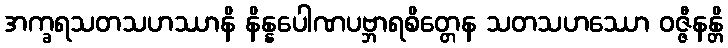
အက္ခရသတသဟဿာနိ နိန္နပေါဏပဗ္ဘာရစိတ္တေန သတသဟဿော ဝဇ္ဇီနန္တိ